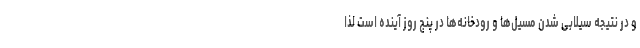
و در نتیجه سیلابی شدن مسیل‌ها و رودخانه‌ها در پنج روز آینده است لذا